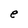
Character: e